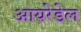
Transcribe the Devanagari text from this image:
आयरेडेल